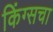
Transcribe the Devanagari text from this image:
किंग्सचा